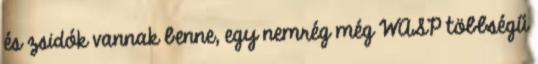
és zsidók vannak benne, egy nemrég még WASP többségű